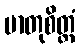
မာတုစိတ္တံ